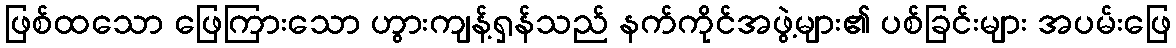
ဖြစ်ထသော ဖြေကြားသော ဟွားကျန့်ရှန်သည် နက်ကိုင်အဖွဲ့များ၏ ပစ်ခြင်းများ အပမ်းဖြေ